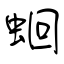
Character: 蛔